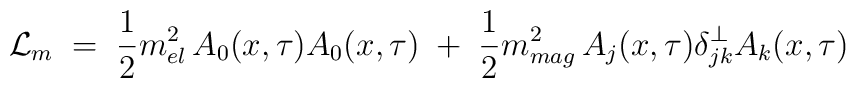
{\mathcal L}_m \;=\; \frac{1}{2} m^2_{el} \, A_0(x,\tau) A_0(x,\tau) \;+\; \frac{1}{2} m^2_{mag} \, A_j(x,\tau) \delta^\perp_{jk} A_k(x,\tau)